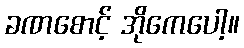
ခဏစောင့် အိုကေပေါ့။